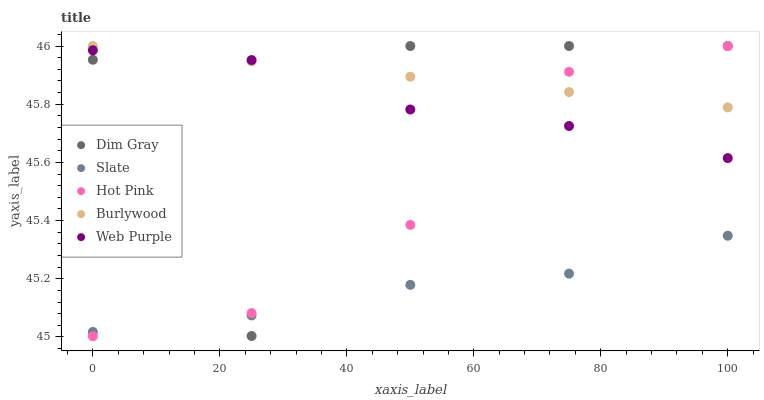
| xaxis_label | Dim Gray | Slate | Hot Pink | Burlywood | Web Purple |
 | --- | --- | --- | --- | --- | --- |
 | 0 | 46 | 45 | 45 | 46 | 46 |
 | 25 | 45 | 45.1 | 45.1 | 45.9 | 46 |
 | 50 | 46 | 45.2 | 45.4 | 45.9 | 45.8 |
 | 75 | 46 | 45.2 | 45.9 | 45.8 | 45.7 |
 | 100 | 46 | 45.3 | 46 | 45.8 | 45.6 |